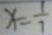
x = \frac { 1 } { 7 }